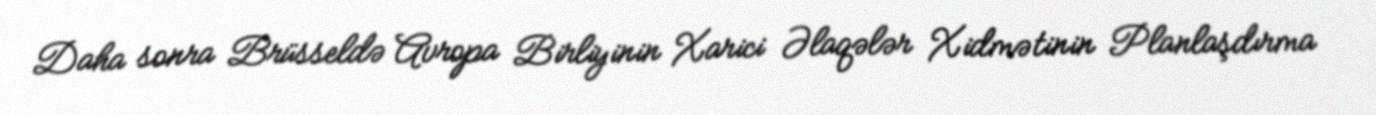
Daha sonra Brüsseldə Avropa Birliyinin Xarici Əlaqələr Xidmətinin Planlaşdırma